Scottish Leaving Certificate Examination, 1952
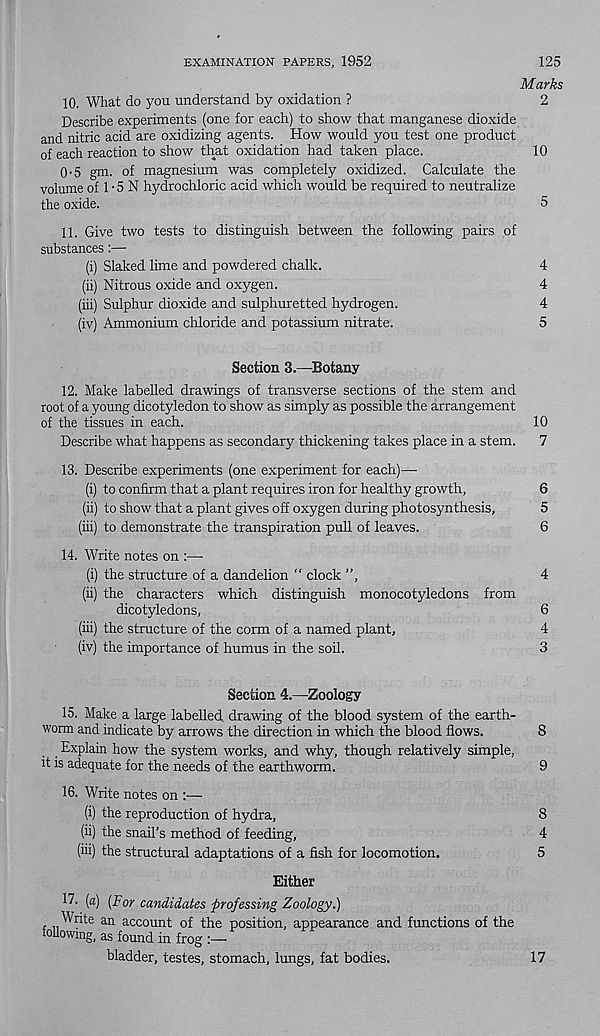
EXAMINATION PAPERS, 1952
125
Marks
10. What do you understand by oxidation ?
2
Describe experiments (one for each) to show that manganese dioxide
and nitric acid are oxidizing agents. How would you test one product
of each reaction to show that oxidation had taken place.
10
0-5 gm. of magnesium was completely oxidized. Calculate the
volume of 1 • 5 N hydrochloric acid which would be required to neutralize
the oxide.
5
11. Give two tests to distinguish between the following pairs of
substances:—•
(i) Slaked lime and powdered chalk.
4
(ii) Nitrous oxide and oxygen.
4
(iii) Sulphur dioxide and sulphuretted hydrogen.
4
(iv) Ammonium chloride and potassium nitrate.
5
Section 3.—Botany
12. Make labelled drawings of transverse sections of the stem and
root of a young dicotyledon to show as simply as possible the arrangement
of the tissues in each.
10
Describe what happens as secondary thickening takes place in a stem. 7
13. Describe experiments (one experiment for each)—
(i) to confirm that a plant requires iron for healthy growth,
6
(ii) to show that a plant gives off oxygen during photosynthesis,
5
(iii) to demonstrate the transpiration pull of leaves.
6
14. Write notes on :—
(i) the structure of a dandelion “ clock ”,
4
(ii) the characters which distinguish monocotyledons from
dicotyledons,
6
(iii) the structure of the corm of a named plant,
4
(iv) the importance of humus in the soil.
3
Section 4.—Zoology
15. Make a large labelled drawing of the blood system of the earth-
worm and indicate by arrows the direction in which the blood flows.
8
Explain how the system works, and why, though relatively simple,
it is adequate for the needs of the earthworm.
9
16. Write notes on :—
(i) the reproduction of hydra,
8
(ii) the snail’s method of feeding,
4
(iii) the structural adaptations of a fish for locomotion.
5
Either
17. (a) [For candidates professing Zoology.)
Write an account of the position, appearance and functions of the
following, as found in frog :—
bladder, testes, stomach, lungs, fat bodies.
17